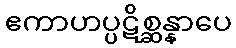
ဧကာဟပ္ပဋိစ္ဆန္နာပေ